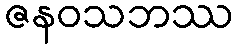
ဇနဝသဘဿ